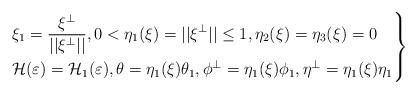
LaTeX: \begin{align*}\left.\begin{aligned}&\xi_1=\frac{\xi^\perp}{||\xi^\perp||}, 0<\eta_1(\xi)=||\xi^\perp||\leq 1, \eta_2(\xi)=\eta_3(\xi)=0\\&\mathcal H(\varepsilon)=\mathcal H_1(\varepsilon), \theta=\eta_1(\xi)\theta_1, \phi^\perp=\eta_1(\xi)\phi_1,\eta^\perp=\eta_1(\xi)\eta_1\end{aligned}\right\}\end{align*}